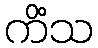
ကိံသ